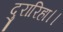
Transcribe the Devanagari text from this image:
दुरारिहा।।